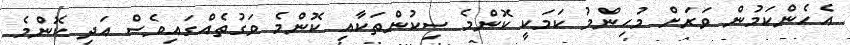
އެހެންކަމުން ވަރަށް މުހިންމު ކަމަކީ ކޮންމެ ސިކުންތަކާއި ކޮންމެ ވަގުތެއްގައިވެސް އަދި ކޮންމެ